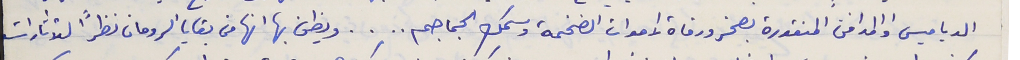
الدياميس والمدافن المنقورة بصخر ورفاة الاموات الضخمة وسمك الجماجم . . . . ويظن بها انها من بقايا الرومان نظرًا للأثارات